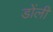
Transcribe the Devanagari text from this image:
डोंली